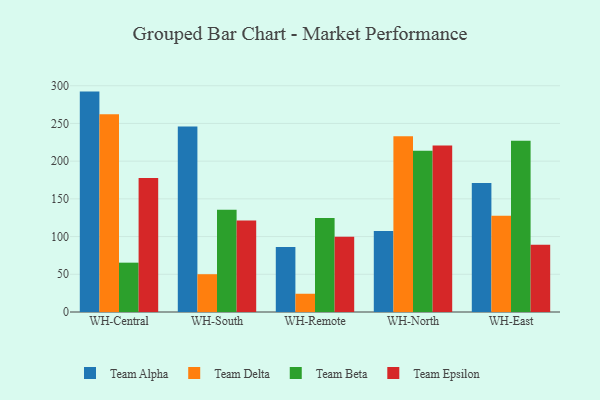
{"axis": {"x": "Warehouse", "y": "Operating Costs (USD K)"}, "legend": ["Team Alpha", "Team Beta", "Team Delta", "Team Epsilon"], "data": [{"x": "WH-Central", "y": 292.2, "type": "Team Alpha"}, {"x": "WH-Central", "y": 262.1, "type": "Team Delta"}, {"x": "WH-Central", "y": 65.4, "type": "Team Beta"}, {"x": "WH-Central", "y": 177.6, "type": "Team Epsilon"}, {"x": "WH-South", "y": 245.9, "type": "Team Alpha"}, {"x": "WH-South", "y": 50.1, "type": "Team Delta"}, {"x": "WH-South", "y": 135.4, "type": "Team Beta"}, {"x": "WH-South", "y": 121.4, "type": "Team Epsilon"}, {"x": "WH-Remote", "y": 86.2, "type": "Team Alpha"}, {"x": "WH-Remote", "y": 24.2, "type": "Team Delta"}, {"x": "WH-Remote", "y": 124.6, "type": "Team Beta"}, {"x": "WH-Remote", "y": 99.6, "type": "Team Epsilon"}, {"x": "WH-North", "y": 107.5, "type": "Team Alpha"}, {"x": "WH-North", "y": 233.0, "type": "Team Delta"}, {"x": "WH-North", "y": 213.7, "type": "Team Beta"}, {"x": "WH-North", "y": 220.9, "type": "Team Epsilon"}, {"x": "WH-East", "y": 171.1, "type": "Team Alpha"}, {"x": "WH-East", "y": 127.5, "type": "Team Delta"}, {"x": "WH-East", "y": 227.0, "type": "Team Beta"}, {"x": "WH-East", "y": 89.0, "type": "Team Epsilon"}]}